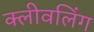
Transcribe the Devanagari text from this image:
क्लीवलिंग